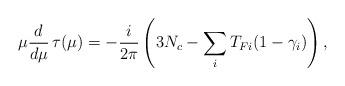
LaTeX: \begin{align*}\mu {d \over d \mu} \, \tau(\mu) = - { i \over 2 \pi} \left(3 N_c - \sum_i T_{Fi} (1- \gamma_i) \right),\end{align*}